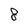
Character: 8